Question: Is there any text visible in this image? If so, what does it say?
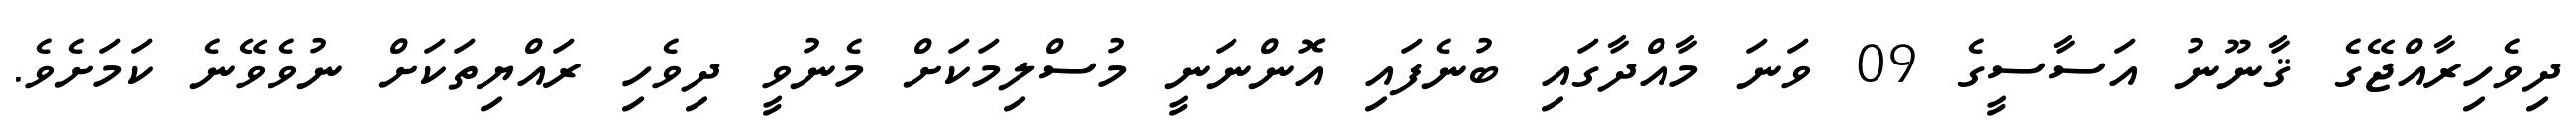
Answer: ދިވެހިރާއްޖޭގެ ޤާނޫނު އަސާސީގެ 09 ވަނަ މާއްދާގައި ބުނެފައި އޮންނަނީ މުސްލިމަކަށް މެނުވީ ދިވެހި ރައްޔިތަކަށް ނުވެވޭނެ ކަމަށެވެ.